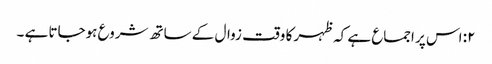
۲: اس پر اجماع ہے کہ ظہر کا وقت زوال کے ساتھ شروع ہوجاتا ہے ۔